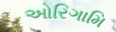
ઓરિગામિ